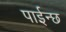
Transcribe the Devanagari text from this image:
पाईन्छ